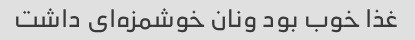
غذا خوب بود ونان خوشمزه‌ای داشت